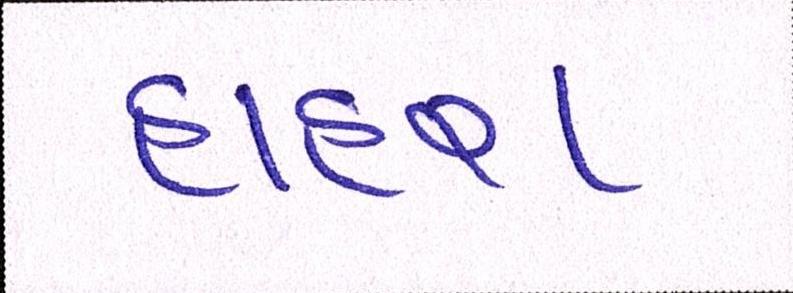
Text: હાહરા